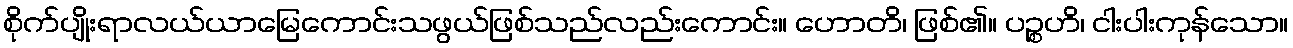
စိုက်ပျိုးရာလယ်ယာမြေကောင်းသဖွယ်ဖြစ်သည်လည်းကောင်း။ ဟောတိ၊ ဖြစ်၏။ ပဉ္စဟိ၊ ငါးပါးကုန်သော။